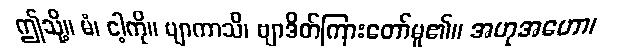
ဤသို့။ မံ၊ ငါ့ကို။ ဗျာကာသိ၊ ဗျာဒိတ်ကြားတော်မူ၏။ အဟုအဟော၊